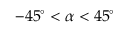
- 4 5 ^ { \circ } < \alpha < 4 5 ^ { \circ }